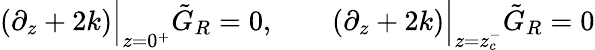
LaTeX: \left(\partial_{z}+2k\right)\Big\vert_{z=0^{+}}\tilde{G}_{R}=0,\qquad\left(\partial_{z}+2k\right)\Big\vert_{z=z_{c}^{-}}\tilde{G}_{R}=0